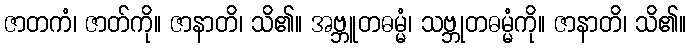
ဇာတကံ၊ ဇာတ်ကို။ ဇာနာတိ၊ သိ၏။ အဗ္ဘူတဓမ္မံ၊ သဗ္ဘုတဓမ္မံကို။ ဇာနာတိ၊ သိ၏။